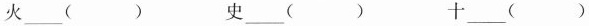
火___() 史___() 十___()